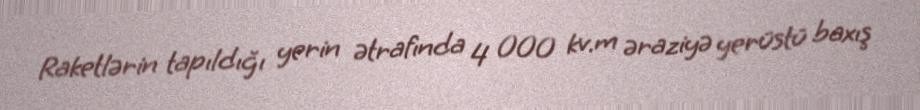
Raketlərin tapıldığı yerin ətrafında 4 000 kv.m əraziyə yerüstü baxış